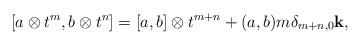
LaTeX: \begin{align*}[a \otimes t^m, b \otimes t^n] = [a, b]\otimes t^{m+n} + (a, b)m\delta_{m+n,0}{\bf k},\end{align*}